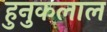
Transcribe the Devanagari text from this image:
हुनुकलाल